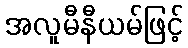
အလူမီနီယမ်ဖြင့်